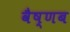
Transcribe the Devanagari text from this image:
वैष्णब